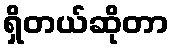
ရှိတယ်ဆိုတာ